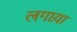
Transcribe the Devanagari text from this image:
लगाय़ा